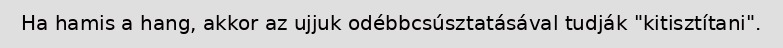
Ha hamis a hang, akkor az ujjuk odébbcsúsztatásával tudják "kitisztítani".